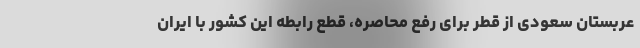
عربستان سعودی از قطر برای رفع محاصره، قطع رابطه این کشور با ایران